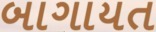
બાગાયત